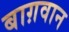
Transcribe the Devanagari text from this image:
बाग़वान